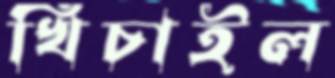
খিচাইল